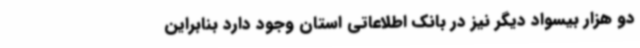
دو هزار بیسواد دیگر نیز در بانک اطلاعاتی استان وجود دارد بنابراین